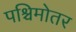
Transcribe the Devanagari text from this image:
पश्चिमोतर